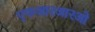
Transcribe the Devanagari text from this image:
एफआरआरओ